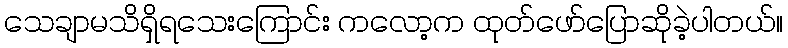
သေချာမသိရှိရသေးကြောင်း ကလော့က ထုတ်ဖော်ပြောဆိုခဲ့ပါတယ်။